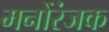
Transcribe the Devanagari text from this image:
मनोंरंजक